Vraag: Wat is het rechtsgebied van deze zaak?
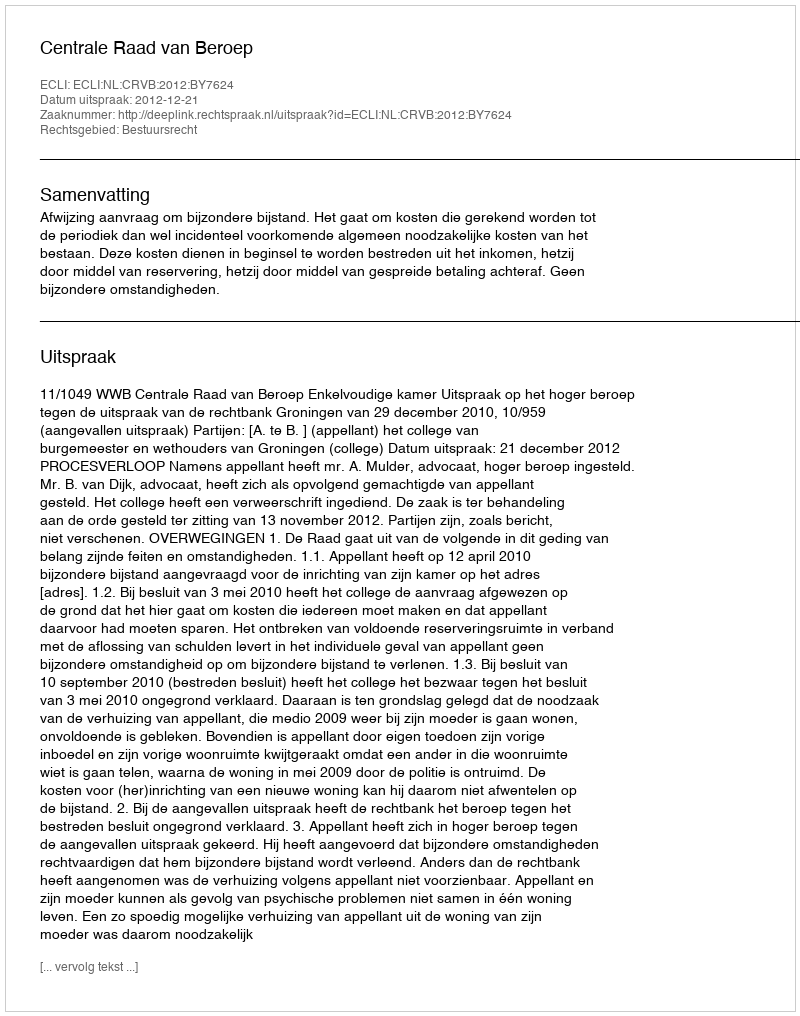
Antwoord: Bestuursrecht